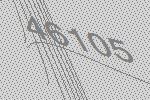
46105